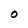
Character: O